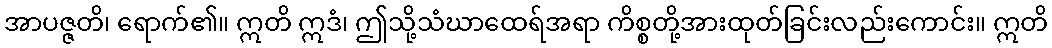
အာပဇ္ဇတိ၊ ရောက်၏။ ဣတိ ဣဒံ၊ ဤသို့သံဃာထေရ်အရာ ကိစ္စတို့အားထုတ်ခြင်းလည်းကောင်း။ ဣတိ